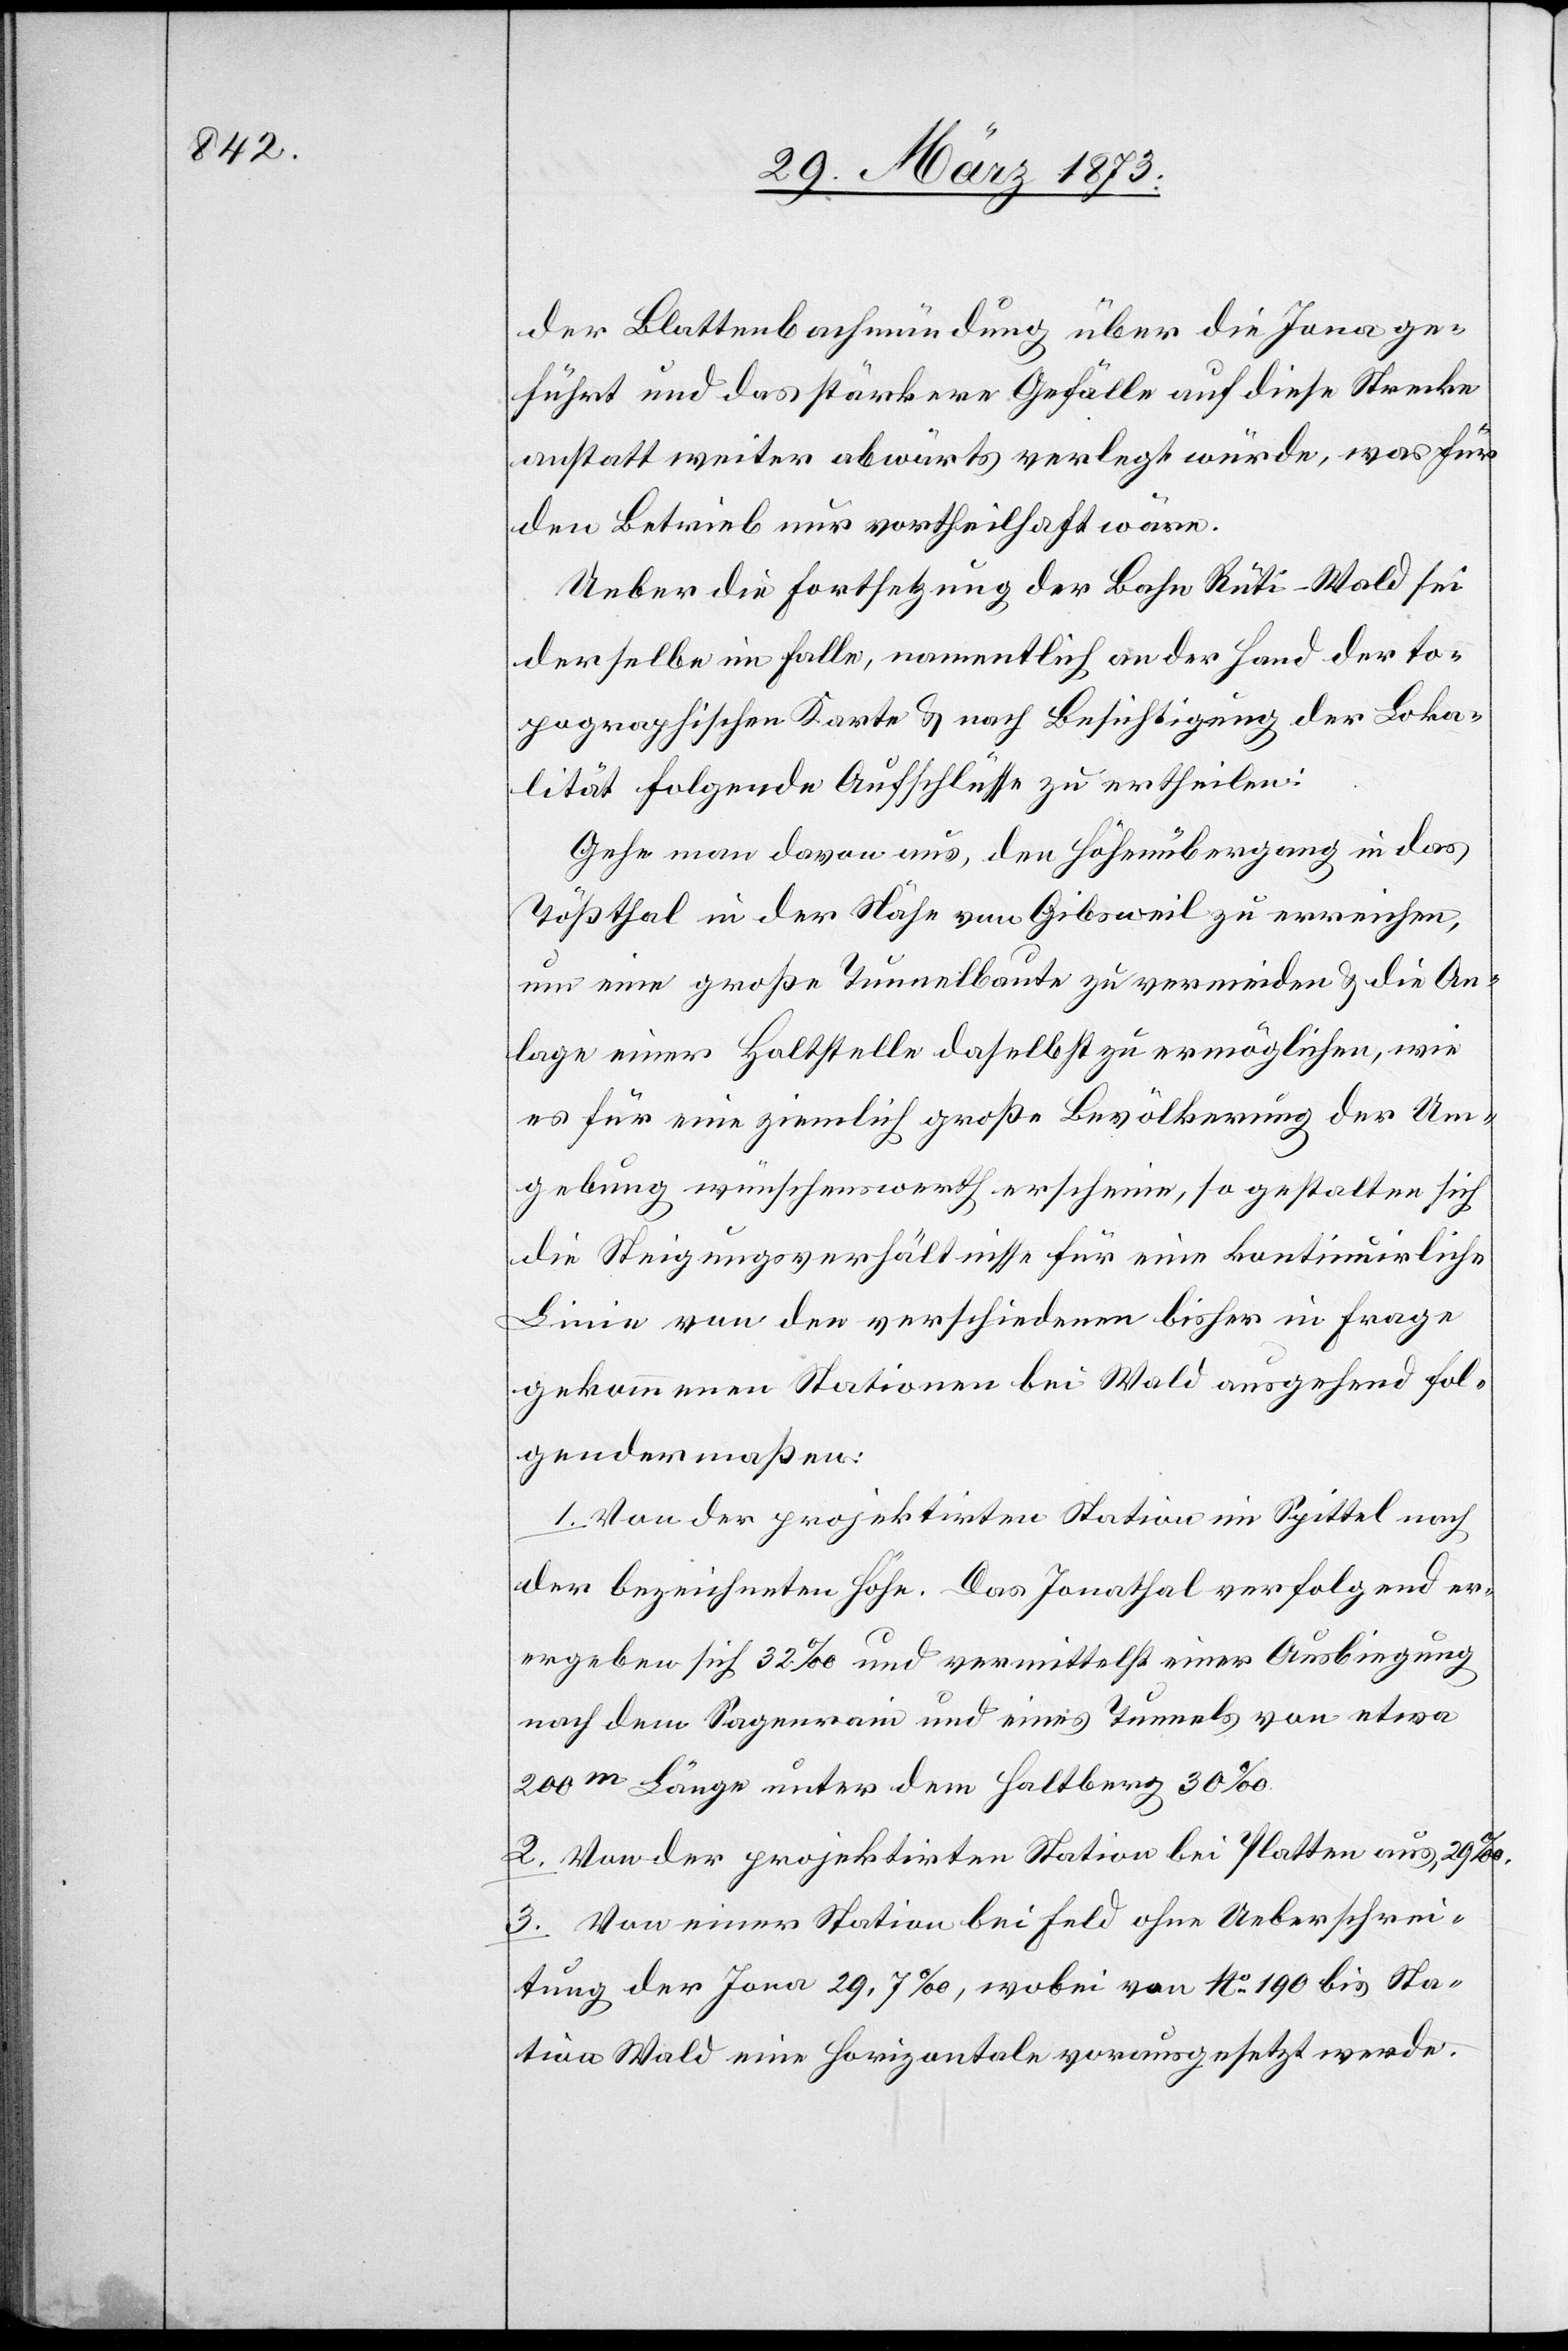
der Blattenbachmündung über die Jona ge¬
führt und das stärkere Gefälle auf diese Strecke
anstatt weiter abwärts verlegt würde, was für
den Betrieb nur vortheilhaft wäre.
Ueber die Fortsetzung der Bahn Rüti–Wald sei
derselbe im Falle, namentlich an der Hand der to¬
pographischen Karte u. nach Besichtigung der Loka¬
lität folgende Aufschlüsse zu ertheilen:
Gehe man davon aus, den Höhenübergang in das
Tößthal in der Nähe von Gibsweil zu erreichen,
um eine große Tunnelbaute zu vermeiden u. die An¬
lage einer Haltstelle daselbst zu ermöglichen, wie
es für eine ziemlich große Bevölkerung der Um¬
gebung wünschenswerth erscheine, so gestalten sich
die Steigungsverhältnisse für eine kontinuirliche
Linie von den verschiedenen bisher in Frage
gekommenen Stationen bei Wald ausgehend fol¬
gendermaßen:
1. Von der projektirten Station im Spittel nach
der bezeichneten Höhe. Das Jonathal verfolgend er¬
ergeben [sic!] sich 32‰ und vermittelst einer Ausbiegung
nach dem Sagenrain und eines Tunnels von etwa
200m Länge unter dem Haltberg 30‰.
2. Von der projektirten Station bei Platten aus, 29‰.
3. Von einer Station bei Feld ohne Ueberschrei¬
tung der Jona 29,7‰, wobei von No 190 bis Sta¬
tion Wald eine horizontale vorausgesetzt werde.